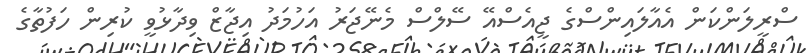
ސްރީލަންކަން އެއާލައިންސްގެ ޖީއެސްއޭ ސޭލްސް މެނޭޖަރު އަހުމަދު އިޖާޒް ވިދާޅުވީ ކުރިން ހަފުތާގެ